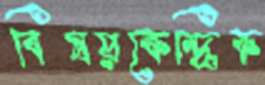
বিষয়কেন্দ্রিক